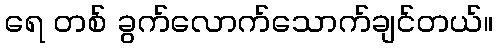
ရေ တစ် ခွက်လောက်သောက်ချင်တယ်။